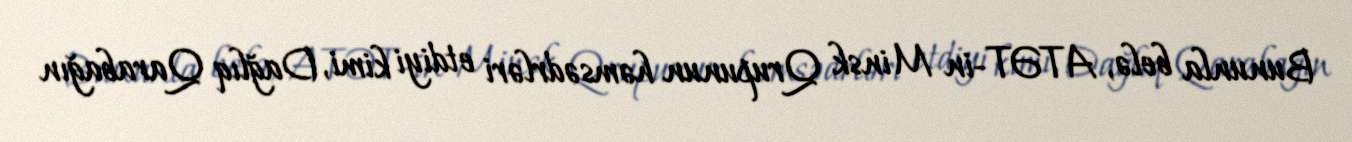
Bununla belə, ATƏT-in Minsk Qrupunun həmsədrləri etdiyi kimi, Dağlıq Qarabağın